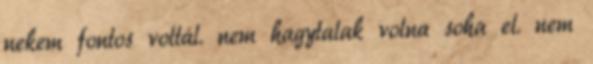
nekem fontos voltál. nem hagytalak volna soha el. nem